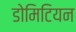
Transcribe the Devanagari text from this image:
डोमिटियन